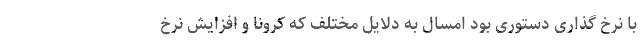
با نرخ گذاری دستوری بود امسال به دلایل مختلف که کرونا و افزایش نرخ